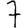
Digit: 7